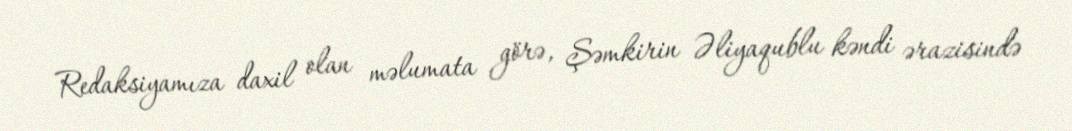
Redaksiyamıza daxil olan məlumata görə, Şəmkirin Əliyaqublu kəndi ərazisində